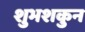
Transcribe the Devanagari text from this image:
शुभशकुन